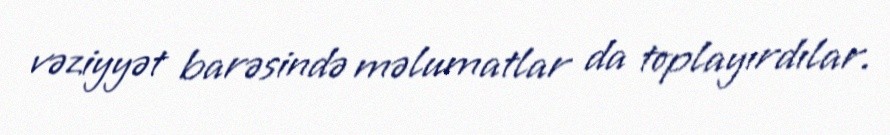
vəziyyət barəsində məlumatlar da toplayırdılar.